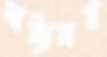
নাট্যালয়